Annual returns of the Patna Lunatic Asylum at Bankipore in Bihar and Orissa - 1912-1924
Year: 1912
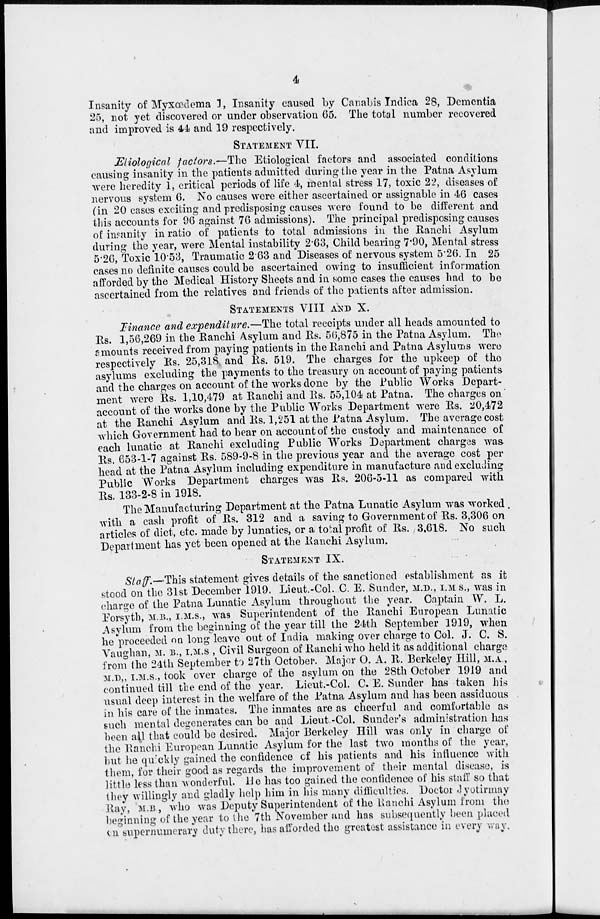
4
Insanity of Myxœdema 1, Insanity caused by Canabis Indica 28, Dementia
25, not yet discovered or under observation 65. The total number recovered
and improved is 44 and 19 respectively.
STATEMENT VII.
Etiological factors.—The Etiological factors and associated conditions
causing insanity in the patients admitted during the year in the Patna Asylum
were heredity 1, critical periods of life 4, mental stress 17, toxic 22, diseases of
nervous system 6. No causes were either ascertained or assignable in 46 cases
(in 20 cases exciting and predisposing causes were found to be different and
this accounts for 96 against 76 admissions). The principal predisposing causes
of insanity in ratio of patients to total admissions in the Ranchi Asylum
during the year, were Mental instability 2.63, Child bearing 7.90, Mental stress
5.26, Toxic 10.53, Traumatic 2.63 and Diseases of nervous system 5.26. In 25
cases no definite causes could be ascertained owing to insufficient information
afforded by the Medical History Sheets and in some cases the causes had to be
ascertained from the relatives and friends of the patients after admission.
STATEMENTS VIII AND X.
Finance and expenditure.—The total receipts under all heads amounted to
Rs. 1,56,269 in the Ranchi Asylum and Rs. 56,875 in the Patna Asylum. The
amounts received from paying patients in the Ranchi and Patna Asylums were
respectively Rs. 25,318, and Rs. 519. The charges for the upkeep of the
asylums excluding the payments to the treasury on account of paying patients
and the charges on account of the works done by the Public Works Depart-
ment were Rs. 1,10,479 at Ranchi and Rs. 55,104 at Patna. The charges on
account of the works done by the Public Works Department were Rs. 20,472
at the Ranchi Asylum and Rs. 1,251 at the Patna Asylum. The average cost
which Government had to bear on account of the custody and maintenance of
each lunatic at Ranchi excluding Public Works Department charges was.
Rs. 653-1-7 against Rs. 589-9-8 in the previous year and the average cost per
head at the Patna Asylum including expenditure in manufacture and excluding
Public Works Department charges was Rs. 206-5-11 as compared with
Rs. 133-2-8 in 1918.
The Manufacturing Department at the Patna Lunatic Asylum was worked
with a cash profit of Rs. 312 and a saving to Government of Rs. 3,306 on
articles of diet, etc. made by lunatics, or a total profit of Rs. 3,618. No such
Department has yet been opened at the Ranchi Asylum.
STATEMENT IX.
Staff.—This statement gives details of the sanctioned establishment as it
stood on the 31st December 1919. Lieut.-Col. C. E. Sunder, M.D., I.M S., was in
charge of the Patna Lunatic Asylum throughout the year. Captain W. L.
Forsyth, M.B., I.M.S., was Superintendent of the Ranchi European Lunatic
Asylum from the beginning of the year till the 24th September 1919, when
he proceeded on long leave out of India making over charge to Col. J. C. S.
Vaughan, M. B., I.M.S , Civil Surgeon of Ranchi who held it as additional charge
from the 24th September to 27th October. Major O. A. R. Berkeley Hill, M.A.,
M.D., I.M.S., took over charge of the asylum on the 28th October 1919 and
continued till the end of the year. Lieut.-Col. C. E. Sunder has taken his
usual deep interest in the welfare of the Patna Asylum and has been assiduous
in his care of the inmates. The inmates are as cheerful and comfortable as
such mental degenerates can be and Lieut.-Col. Sunder's administration has
been all that could be desired. Major Berkeley Hill was only in charge of
the Ranchi European Lunatic Asylum for the last two months of the year,
but he quickly gained the confidence of his patients and his influence with
them, for their good as regards the improvement of their mental disease, is
little less than wonderful. He has too gained the confidence of his staff so that
they willingly and gladly help him in his many difficulties. Doctor Jyotirmay
Ray, M.B., who was Deputy Superintendent of the Ranchi Asylum from the
beginning of the year to the 7th November and has subsequently been placed
on supernumerary duty there, has afforded the greatest assistance in every way.